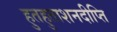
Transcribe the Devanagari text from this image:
हुतहुताशनदीप्ति